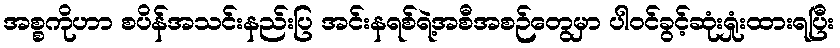
အစ္စကိုဟာ စပိန်အသင်းနည်းပြ အင်းနရစ်ရဲ့အစီအစဉ်တွေမှာ ပါဝင်ခွင့်ဆုံးရှုံးထားရပြီး